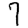
Digit: 7